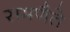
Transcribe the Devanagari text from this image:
समणैते